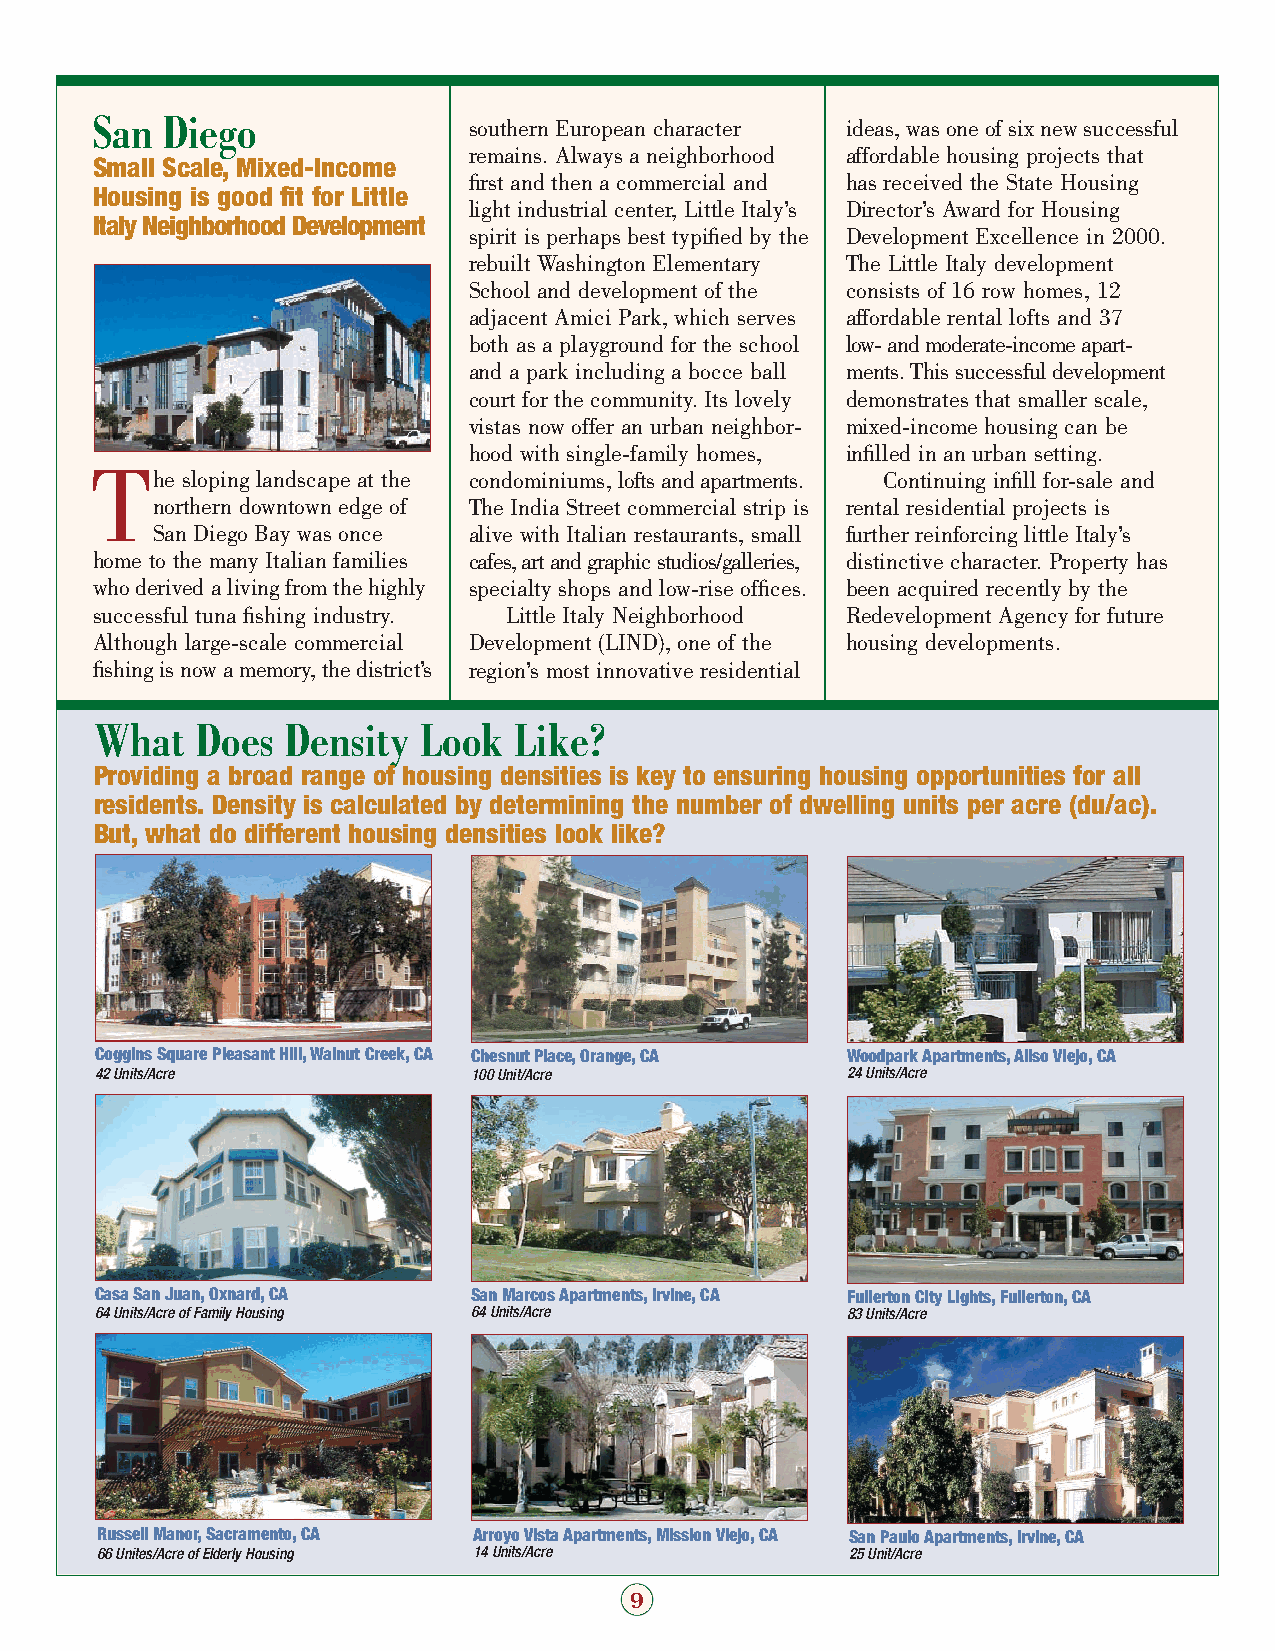
San  Diego
 southern European character ideas, was one of six new successful
 remains. Always a neighborhood affordable housing projects that
 Small Scale, Mixed-Income
 first and then a commercial and has received the State Housing
 Housing is good fit for Little
 light industrial center, Little Italy’s Director’s Award for Housing
 Italy Neighborhood Development
 spirit is perhaps best typified by the Development Excellence in 2000.
 rebuilt Washington Elementary The Little Italy development
 School and development of the consists of 16 row homes, 12
 adjacent Amici Park, which serves affordable rental lofts and 37
 both as a playground for the school low- and moderate-income apart-
 and a park including a bocce ball ments. This successful development
 court for the community. Its lovely demonstrates that smaller scale,
 vistas now offer an urban neighbor- mixed-income housing can be
 hood with single-family homes, infilled in an urban setting.
 T
 he sloping landscape at the condominiums, lofts and apartments. Continuing infill for-sale and
 northern downtown edge of The India Street commercial strip is rental residential projects is
 San Diego Bay was once alive with Italian restaurants, small further reinforcing little Italy’s
 home to the many Italian families cafes, art and graphic studios/galleries, distinctive character. Property has
 who derived a living from the highly specialty shops and low-rise offices. been acquired recently by the
 successful tuna fishing industry. Little Italy Neighborhood Redevelopment Agency for future
 Although large-scale commercial Development (LIND), one of the housing developments.
 fishing is now a memory, the district’s region’s most innovative residential
 What   Does  Density  Look  Like?
 Providing a broad range of housing densities is key to ensuring housing opportunities for all
 residents. Density is calculated by determining the number of dwelling units per acre (du/ac).
 But, what do different housing densities look like?
 Coggins Square Pleasant Hill,Walnut Creek,CA Chesnut Place,Orange,CA Woodpark Apartments,Aliso Viejo,CA
 42 Units/Acre            100 Unit/Acre            24 Units/Acre
 Casa San Juan,Oxnard,CA  San Marcos Apartments,Irvine,CA Fullerton City Lights,Fullerton,CA
 64 Units/Acre of Family Housing 64 Units/Acre     83 Units/Acre
 Russell Manor,Sacramento,CA Arroyo Vista Apartments,Mission Viejo,CA San Paulo Apartments,Irvine,CA
 66 Unites/Acre of Elderly Housing 14 Units/Acre   25 Unit/Acre
 9